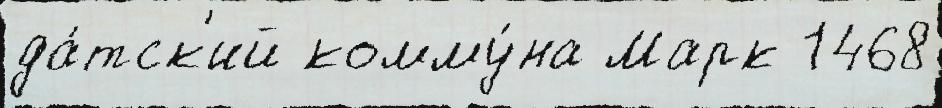
да́тск'ий комму́на Марк 1468